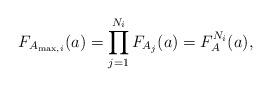
LaTeX: \begin{align*}F_{A_{\max, i}}(a)= \prod_{j=1}^{N_{i}} F_{A_j}(a) = F_{A}^{N_{i}}(a),\end{align*}